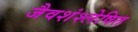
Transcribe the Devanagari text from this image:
जैवशंश्लेषित